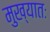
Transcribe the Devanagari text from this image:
मुख्यातः